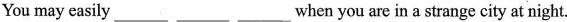
You may easily___ ___ ___when you are in a strange city at night.